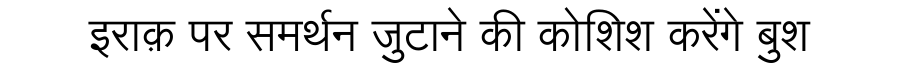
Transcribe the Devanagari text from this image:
इराक़ पर समर्थन जुटाने की कोशिश करेंगे बुश